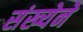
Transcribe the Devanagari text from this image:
संख्‍येने